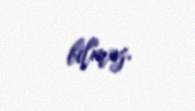
bilməz.